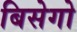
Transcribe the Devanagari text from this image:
बिसेगो